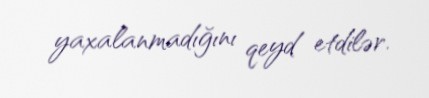
yaxalanmadığını qeyd etdilər.